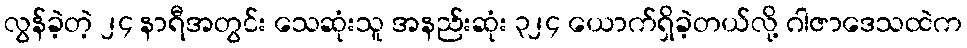
လွန်ခဲ့တဲ့ ၂၄ နာရီအတွင်း သေဆုံးသူ အနည်းဆုံး ၃၂၄ ယောက်ရှိခဲ့တယ်လို့ ဂါဇာဒေသထဲက